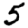
Digit: 5